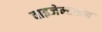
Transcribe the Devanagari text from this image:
वाइजेन्टाइन